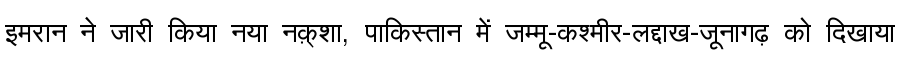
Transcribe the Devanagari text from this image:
इमरान ने जारी किया नया नक़्शा, पाकिस्तान में जम्मू-कश्मीर-लद्दाख-जूनागढ़ को दिखाया